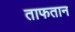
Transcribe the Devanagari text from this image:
ताफतान